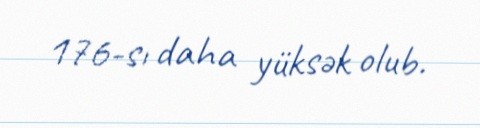
176-sı daha yüksək olub.